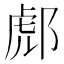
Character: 𨛵